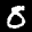
Label: 8